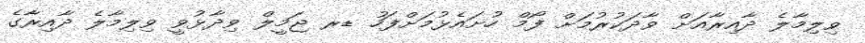
ވިލިމާލެ ދާއިރާއަށް ވާދަކުރުމަށް ފޯމް ހުށައެޅުމަށްފަހު ޑރ ޖަމީލް ވިދާޅުވީ ވިލިމާލެ ދާއިރާގެ